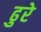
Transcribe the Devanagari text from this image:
ढुरे